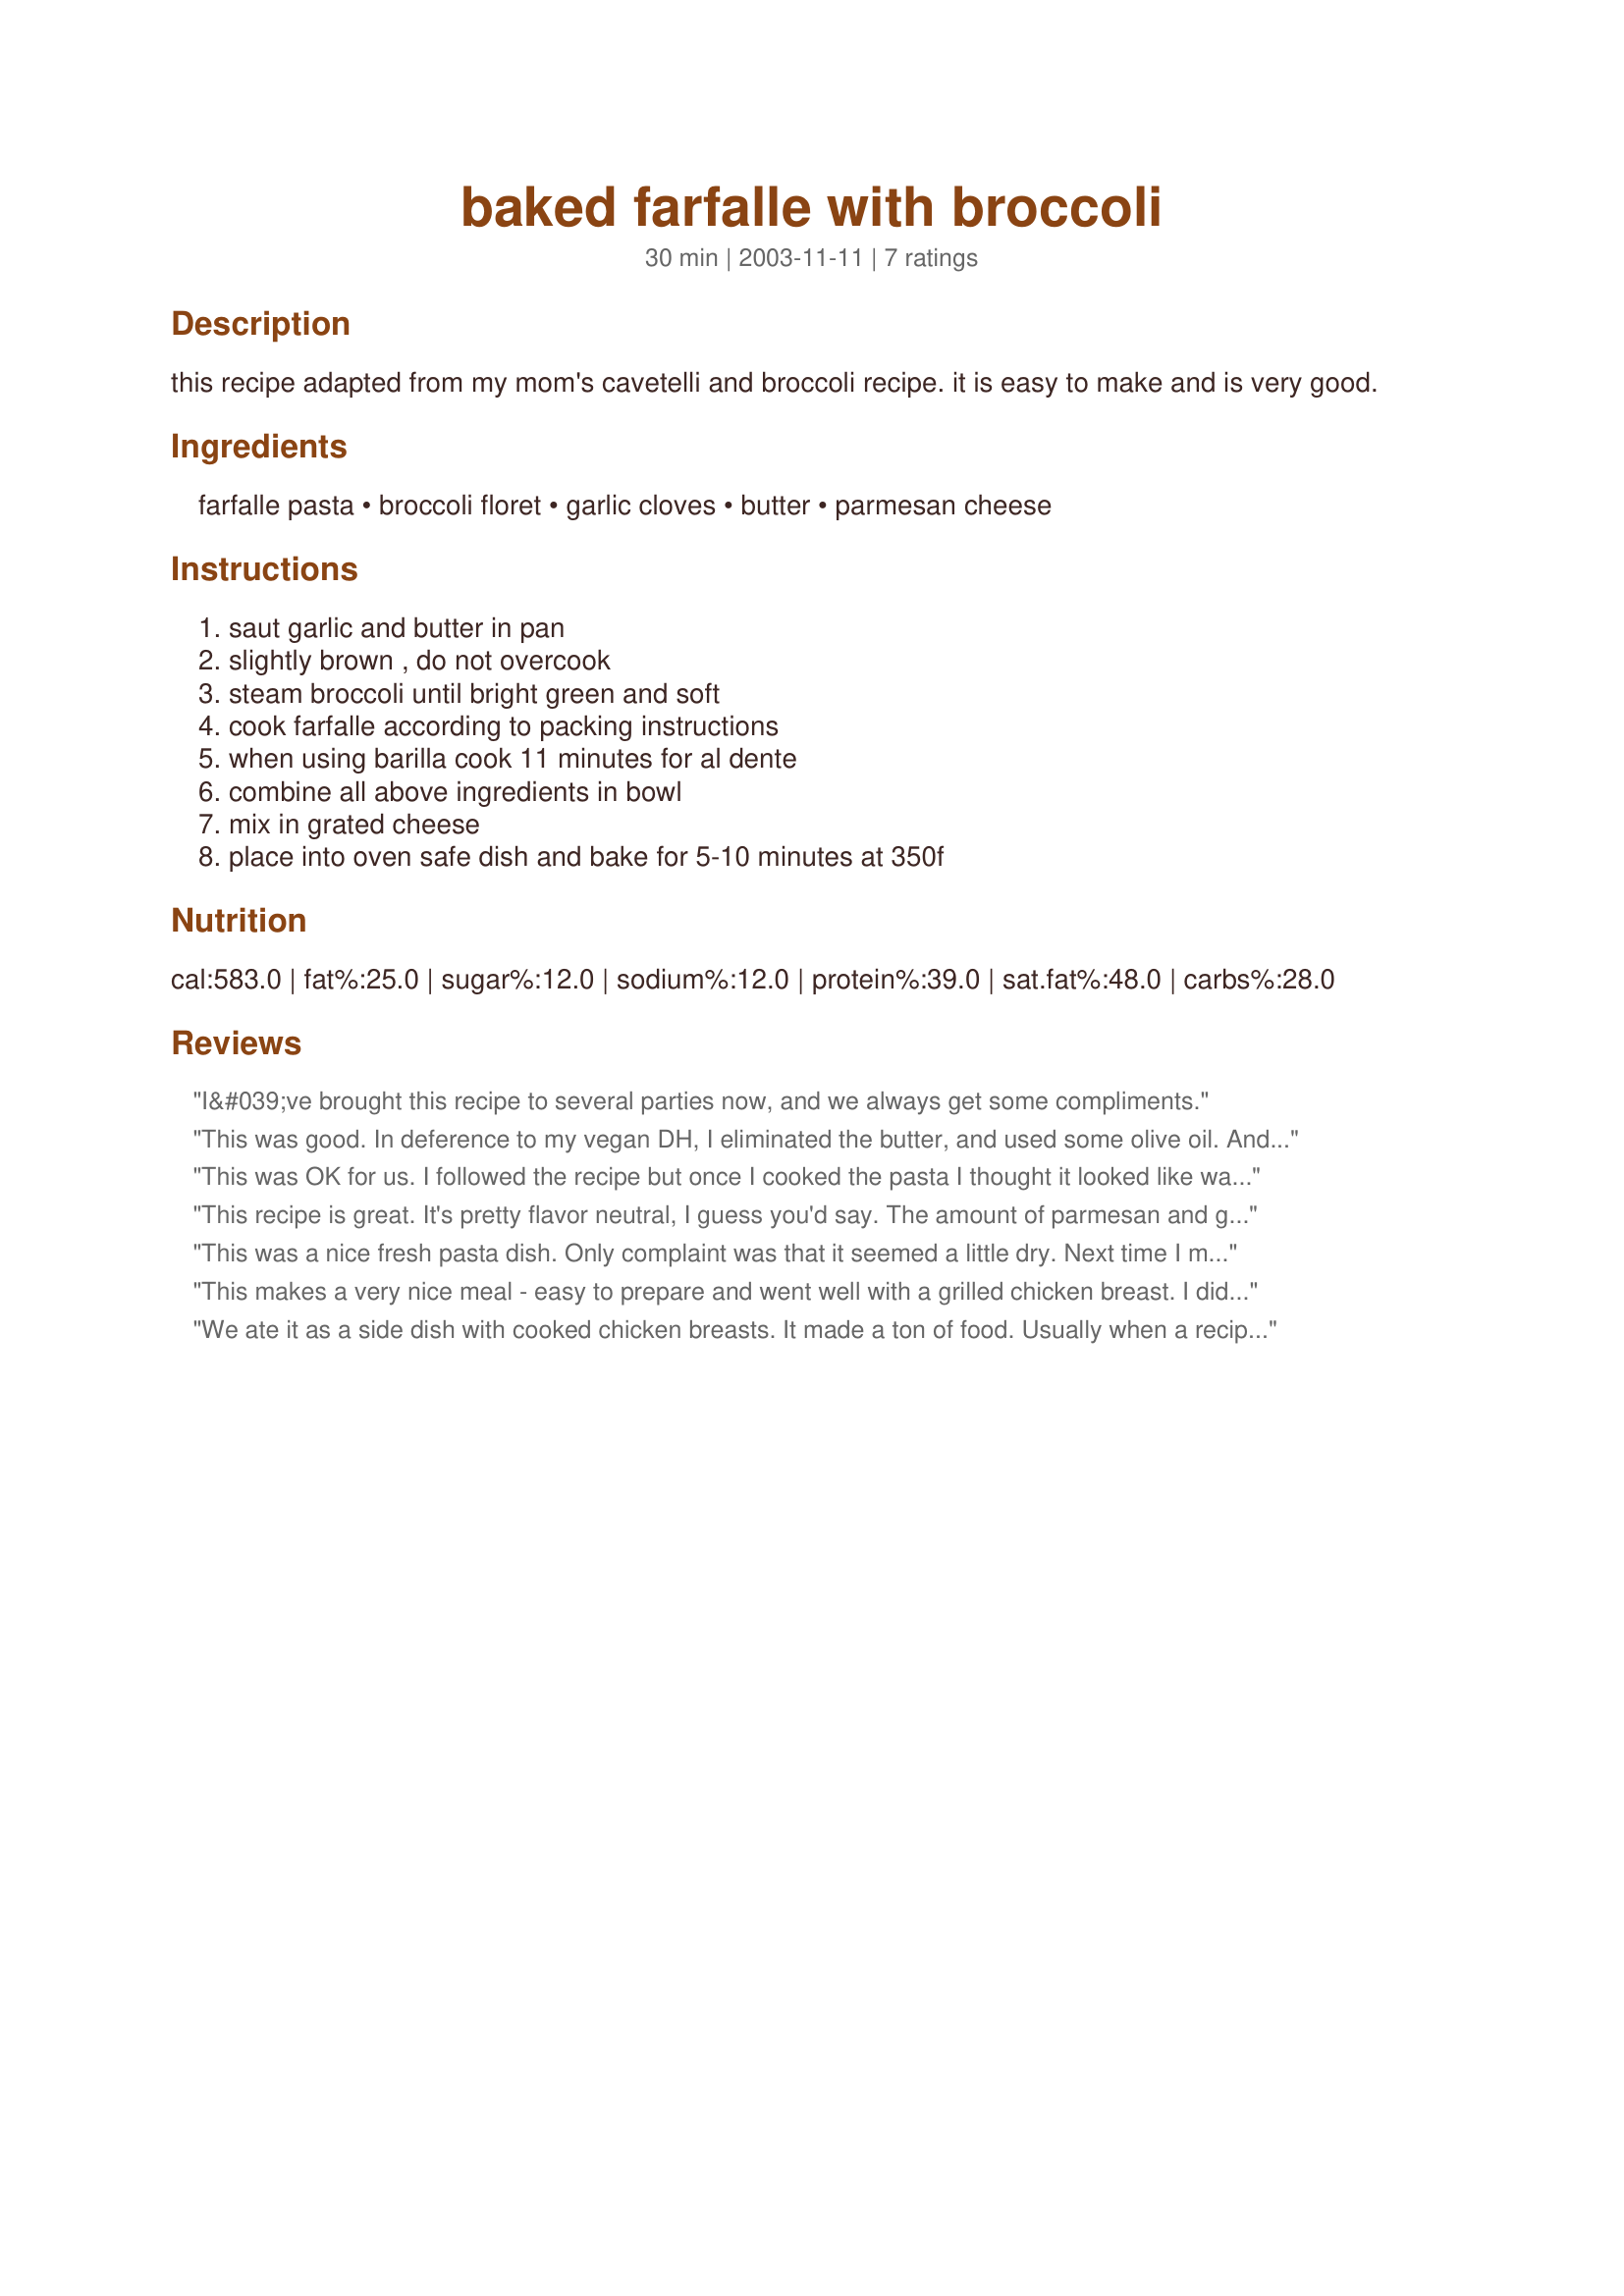
baked farfalle with broccoli
Preparation time: 30 minutes

this recipe adapted from my mom's cavetelli and broccoli recipe. it is easy to make and is very good.

Ingredients:
farfalle pasta, broccoli floret, garlic cloves, butter, parmesan cheese

Steps:
saut garlic and butter in pan, slightly brown , do not overcook, steam broccoli until bright green and soft, cook farfalle according to packing instructions, when using barilla cook 11 minutes for al dente, combine all above ingredients in bowl, mix in grated cheese, place into oven safe dish and bake for 5-10 minutes at 350f

Reviews:
I&#039;ve brought this recipe to several parties now, and we always get some compliments.
This was good. In deference to my vegan DH, I eliminated the butter, and used some olive oil. And at the end, and again for him, I ended up just sprinking some Parmesan on my serving, not his. (so I did not bake.)Oh, and I added some mushrooms for protein.
This was OK for us. I followed the recipe but once I cooked the pasta I thought it looked like way to much for the other ingredients. I only ended up using about half in the dish. We thought this was a bit bland and we did add salt and pepper.
This recipe is great. It's pretty flavor neutral, I guess you'd say. The amount of parmesan and garlic is enough to be flavorful, yet still be complimentary to a wide range of main dishes. We had meatloaf, a salad, and a pseudo-cobbler with it. It could be more Italian with a few pinches of the right seasoning, add cayenne and cumin to make it lean toward tex-mex. Definitely on my do-it-again list.
This was a nice fresh pasta dish. Only complaint was that it seemed a little dry. Next time I might alter it a little by adding more oil or something. Still, the family enjoyed it and ate it with some nice garlic bread. Thanks!
This makes a very nice meal - easy to prepare and went well with a grilled chicken breast. I didn't bake it as directed, just mixed the ingredients - it was still excellent.
We ate it as a side dish with cooked chicken breasts. It made a ton of food. Usually when a recipe says it feeds four, it's enough just enough for us. This had at least double that.
